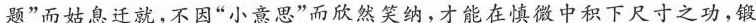
题”而姑息迁就，不因”小意思”而欣然笑纳，才能在慎微中积下尺寸之功，锻